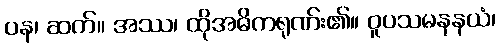
ပန၊ ဆက်။ အဿ၊ ထိုအဓိကရုဏ်း၏။ ဝူပသမနနယံ၊